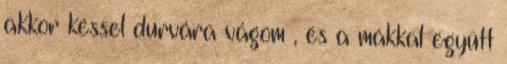
akkor késsel durvára vágom , és a mákkal együtt